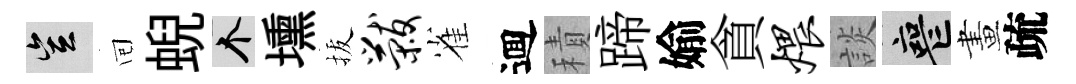
豈囘蜺个壎拔黻雀逥積蹄媮貪煨談喪畫疏